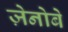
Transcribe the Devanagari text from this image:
ज़ेनोबे